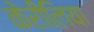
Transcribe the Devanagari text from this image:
केरीलिया